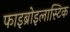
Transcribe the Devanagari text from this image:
फाइब्रोइलास्टिक